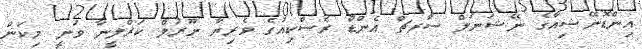
އިންޑޮނޭޝިއާގެ ނޭޝަނަލް ސާރޗް އެންޑް ރެސްކިއުގެ ވެރިޔާ ނޫރުލް ކަރްލީނާ ވަނީ މިކަން